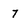
Character: 7